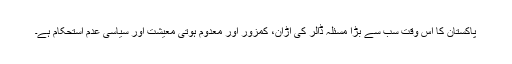
پاکستان کا اس وقت سب سے بڑا مسئلہ ڈالر کی اڑان، کمزور اور معدوم ہوتی معیشت اور سیاسی عدم استحکام ہے۔